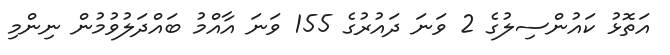
އަތޮޅު ކައުންސިލުގެ 2 ވަނަ ދައުރުގެ 155 ވަނަ އާއްމު ބައްދަލުވުމުން ނިންމި